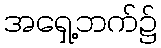
အရှေ့ဘက်၌